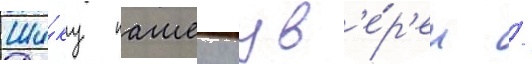
Ши́ку пашеку ув'е́р'ен /